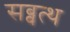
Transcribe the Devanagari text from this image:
सब्बत्थ